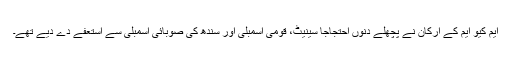
ایم کیو ایم کے ارکان نے پچھلے دنوں احتجاجاً سینیٹ، قومی اسمبلی اور سندھ کی صوبائی اسمبلی سے استعفے دے دیے تھے۔